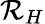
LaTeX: \mathcal{R}_{H}